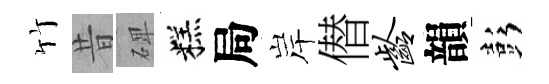
竹昔𥓓糕局岸僣龄韻彭